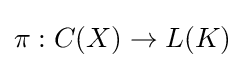
\pi :C(X)\rightarrow L(K)